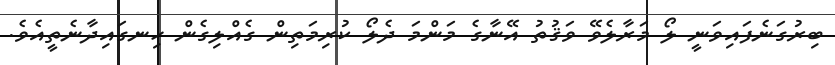
ބިރުގަނެފައިވަނީ ލޯ މަރާލެވޭ ވަޤުތު އޭނާގެ މަންމަ ދެލޯ ކުރިމަތިން ގެއްލިގެން ހިނގައިދާނެތީއެވެ.